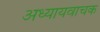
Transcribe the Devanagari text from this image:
अध्यायवाचक